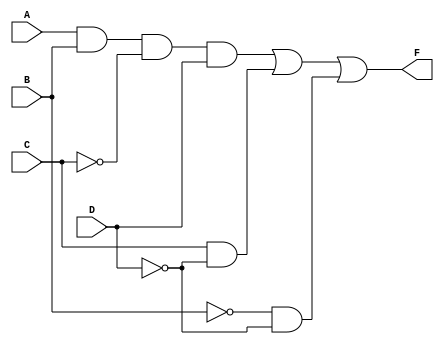
//F = ABC'D + B'D' + CD'
module kmap(F, A, B, C, D);
input A, B, C, D;
output F;
wire and_ABNotCD, and_NotBNotD, and_CNotD, 
        notA, notB, notC, notD;

not not_1 (notA, A);
not not_2 (notB, B);
not not_3 (notC, C);
not not_4 (notD, D);
and and_1 (and_ABNotCD, A, B, notC, D);
and and_2 (and_NotBNotD, notB, notD);
and and_3 (and_CNotD, C, notD);
or result (F, and_ABNotCD, and_CNotD, and_NotBNotD);

endmodule


module kmap_tb;
reg A, B, C, D;
wire F;

kmap kmap_1(F, A, B, C, D);

initial begin

        $monitor("current time is: %3t: A is %B, B is %B, C is %B, D is %B, F is %B.", $time, A, B, C, D,F);
        # 5 A = 0; B = 0; C = 0; D = 0;
        # 5 A = 0; B = 0; C = 0; D = 1;
        # 5 A = 0; B = 0; C = 1; D = 0;
        # 5 A = 0; B = 0; C = 1; D = 1;
        # 5 A = 0; B = 1; C = 0; D = 0;
        # 5 A = 0; B = 1; C = 0; D = 1;
        # 5 A = 0; B = 1; C = 1; D = 0;
        # 5 A = 0; B = 1; C = 1; D = 1;
        # 5 A = 1; B = 0; C = 0; D = 0;
        # 5 A = 1; B = 0; C = 0; D = 1;
        # 5 A = 1; B = 0; C = 1; D = 0;
        # 5 A = 1; B = 0; C = 1; D = 1;
        # 5 A = 1; B = 1; C = 0; D = 0;
        # 5 A = 1; B = 1; C = 0; D = 1;
        # 5 A = 1; B = 1; C = 1; D = 0;
        # 5 A = 1; B = 1; C = 1; D = 1;
        #10 $finish;

    end
endmodule